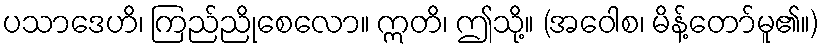
ပသာဒေဟိ၊ ကြည်ညိုစေလော။ ဣတိ၊ ဤသို့။ (အဝေါစ၊ မိန့်တော်မူ၏။)